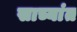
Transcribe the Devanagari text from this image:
साच्यांत